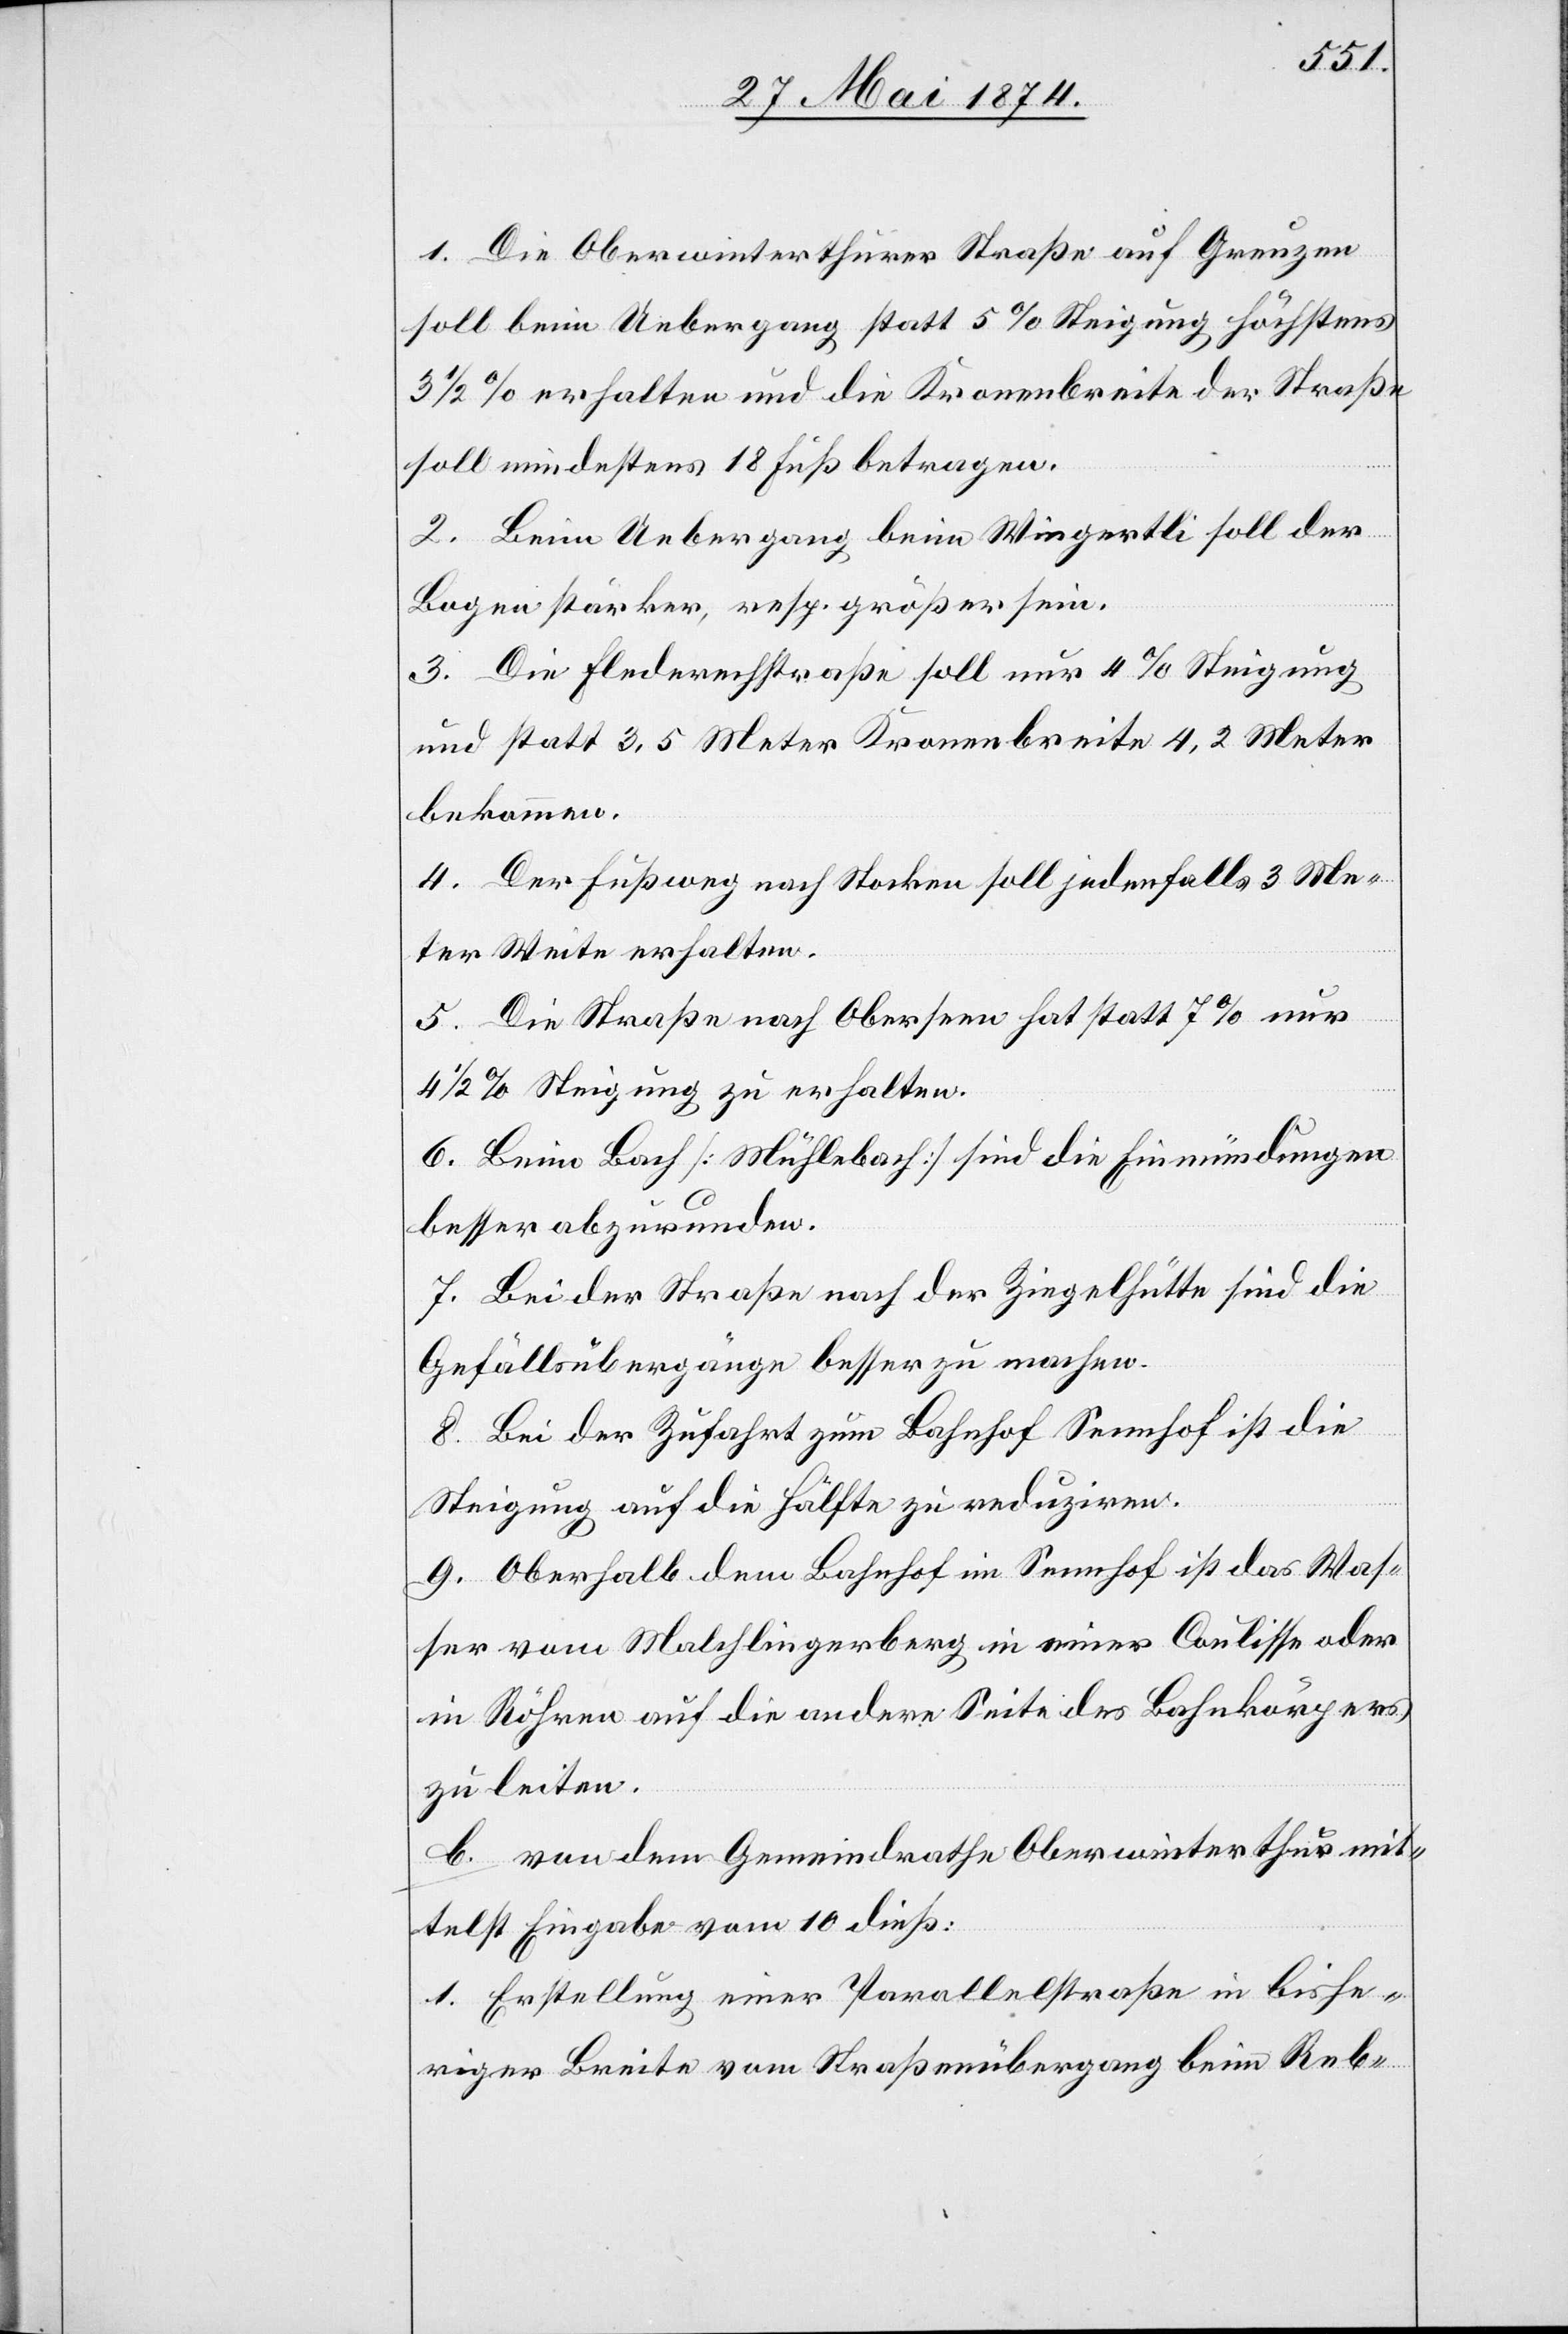
1. Die Oberwinterthurer Straße auf Grenzen
soll beim Uebergang statt 5% Steigung höchstens
3 1/2% erhalten und die Kronenbreite der Straße
soll mindestens 18 Fuß betragen.
2. Beim Uebergang beim Wingertli soll der
Bogen stärker, resp. größer sein.
3. Die Flederechstraße soll nur 4% Steigung
und statt 3,5 Meter Kronenbreit 4,2 Meter
bekommen.
4. Der Fußweg nach Stocken soll jedenfalls 3 Me¬
ter Weite erhalten.
5. Die Straße nach Oberseen hat statt 7% nur
4 1/2% Steigung zu erhalten.
6. Beim Bach [Mühlebach] sind die Einmündungen
besser abzurunden.
7. Bei der Straße nach der Ziegelhütte sind die
Gefällsübergänge besser zu machen.
8. Bei der Zufahrt zum Bahnhof Seenhof ist die
Steigung auf die Hälfte zu reduziren.
9. Oberhalb dem Bahnhof im Seenhof ist das Was¬
ser vom Malchlingerberg in einer Coulisse oder
in Röhren auf die andere Seite des Bahnkörpers
zu leiten.
b. von dem Gemeindrathe Oberwinterthur mit¬
telst Eingabe vom 10. dieß:
1. Erstellung einer Parallelstraße in bishe¬
riger Breite vom Straßenübergang beim Reb-